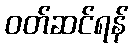
ဝတ်ဆင်ရန်